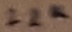
Text: 22K